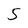
Character: 5